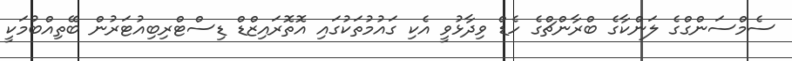
ސެމްސަންގްގެ ލަންކާގެ ބްރާންޗްގެ ހެޑް ވިދާޅުވީ އެކި ގައުމުތަކުގައި އޮތޮރައިޒްޑް ޑިސްޓްރިބިއުޓަރުން ބޭތިއްބުމަކީ